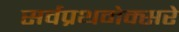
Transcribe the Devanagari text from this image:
सर्वप्रथमेक्सरे